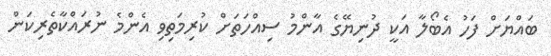
ބައްޔަށް ފަހު އެބޯލާ އަކީ ދުނިޔޭގެ އާންމު ސިއްހަތަށް ކުރިމަތިވި އެންމެ ނުރައްކާތެރިކަން